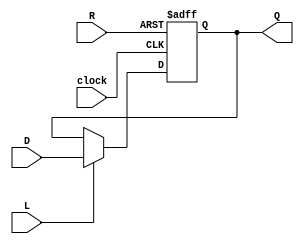
module InstructionRegister(Q, D, L, R, clock);
	parameter N = 32; // number of bits
	output reg [N-1:0]Q; // registered output
	input [N-1:0]D; // data input
	input L; // load enable
	input R; // positive logic asynchronous reset
	input clock; // positive edge clock
	
	always @(posedge clock or posedge R) begin
		if(R)
			Q <= 0;
		else if(L)
			Q <= D;
		else
			Q <= Q;
	end
endmodule